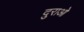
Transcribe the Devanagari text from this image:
दुराओ